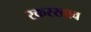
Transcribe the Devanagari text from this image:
रकरखाव